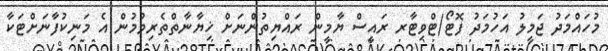
މުހައްމަދު ޖަމީލު އަހުމަދު ފޮޓޯ/ޓްވިޓާރ ރައީސް ޔާމީން ރައްޔިތުންނަށް ޚިޔާނާތްތެރިވުމުން އެ މަނިކުފާނަށްޓަކާ